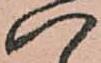
八